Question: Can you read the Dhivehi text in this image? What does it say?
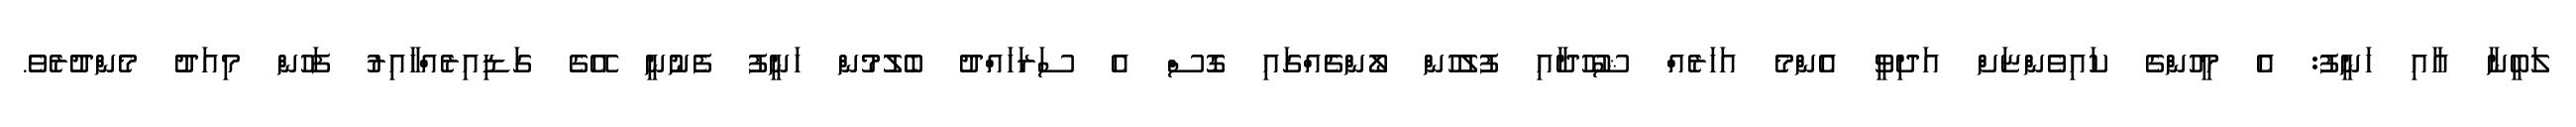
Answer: ލަބީނާ އާއި ހަނީފު: އެ މީހުންގެ ކައިވެންޏަށް އަދިވީ އެންމެ އަހަރެއް ޝުހޫދާއި ފުލުހުން ލޯންޗެއްގައި ގޮސް އެ ސަރަހައްދު ބެލުމުން ހަނީފު ފެނުނީ އޭގެ ގަޑިއިރެއްހާއިރު ފަހުން މިއަދު މެންދުރެވެ.